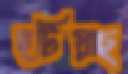
হটিয়াছ